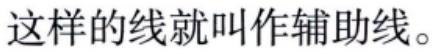
这样的线就叫作辅助线。